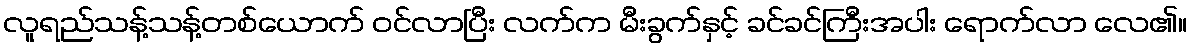
လူရည်သန့်သန့်တစ်ယောက် ဝင်လာပြီး လက်က မီးခွက်နှင့် ခင်ခင်ကြီးအပါး ရောက်လာ လေ၏။